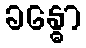
ခန္ဓော